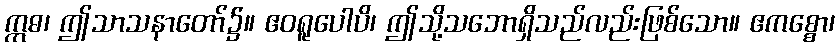
ဣဓ၊ ဤသာသနာတော်၌။ ဧဝရူပေါပိ၊ ဤသို့သဘောရှိသည်လည်းဖြစ်သော။ ဧကစ္စော၊